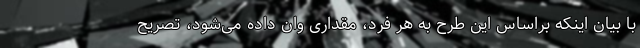
با بیان اینکه براساس این طرح به هر فرد، مقداری وان داده می‌شود، تصریح